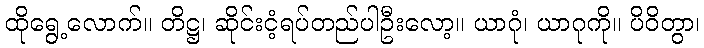
ထိုရွေ့လောက်။ တိဋ္ဌ၊ ဆိုင်းငံ့ရပ်တည်ပါဦးလော့။ ယာဂုံ၊ ယာဂုကို။ ပိဝိတွာ၊